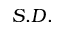
S . D .